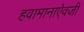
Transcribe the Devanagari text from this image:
हवामानाऐवजी